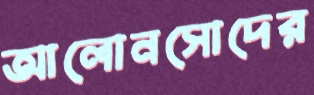
আলোনসোদের